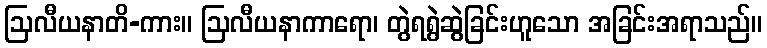
ဩလီယနာတိ-ကား။ ဩလီယနာကာရော၊ တွဲရရွဲဆွဲခြင်းဟူသော အခြင်းအရာသည်။